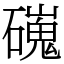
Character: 䃬